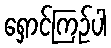
ရှောင်ကြဉ်ပါ